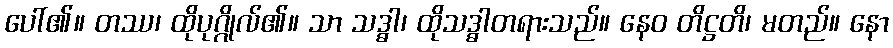
ပေါ်၏။ တဿ၊ ထိုပုဂ္ဂိုလ်၏။ သာ သဒ္ဓါ၊ ထိုသဒ္ဓါတရားသည်။ နေဝ တိဋ္ဌတိ၊ မတည်။ နော